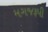
મગજરૂપી